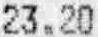
23.20